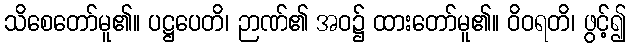
သိစေတော်မူ၏။ ပဋ္ဌပေတိ၊ ဉာဏ်၏ အဝ၌ ထားတော်မူ၏။ ဝိဝရတိ၊ ဖွင့်၍